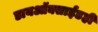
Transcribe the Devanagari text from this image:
डायऑक्साईडही